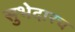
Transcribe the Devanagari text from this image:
सुभेदारच